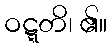
ဝဋ္ဋတိ၊ ၏။